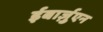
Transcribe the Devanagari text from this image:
ईबार्ज़ुएन